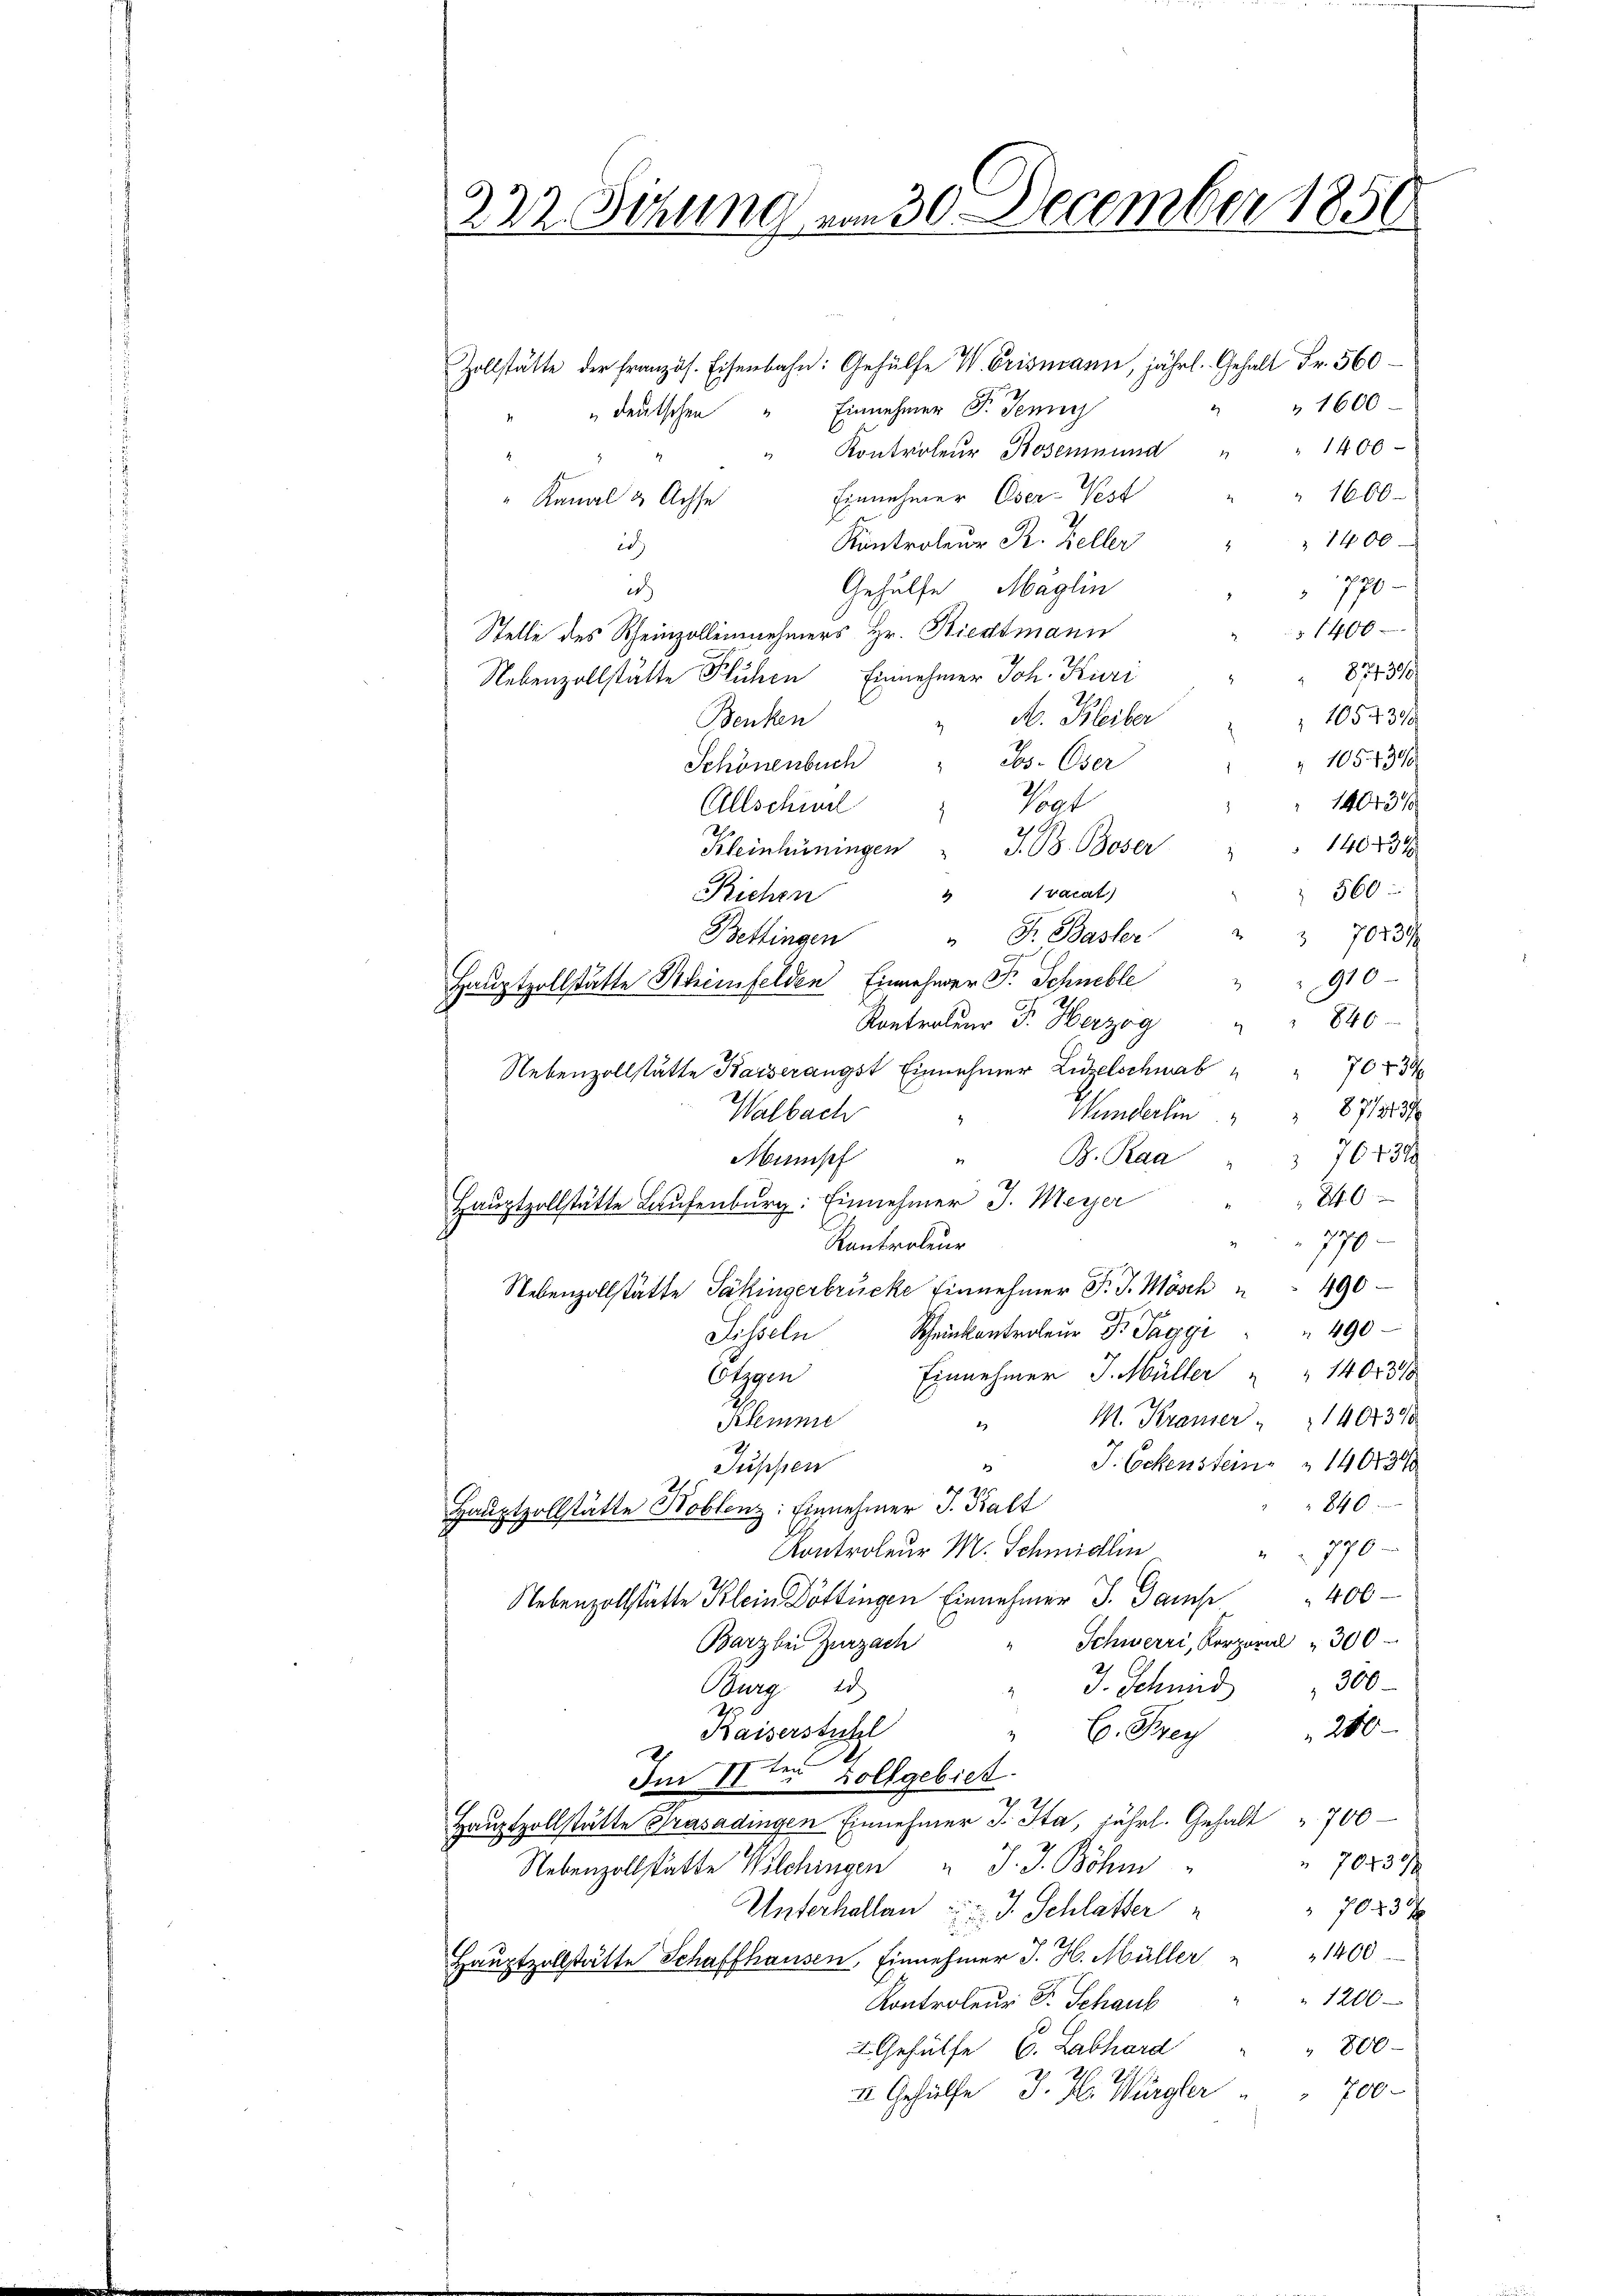
222. Jehung vom 30. December 1850

Zollstätte der Französ. Eisenbahn: Gehülfe W. Brismann, jährl. Gehalt Fr. 560
1600
" deutschen " Einnehmer F. Jenny
1400
Kontroleur Bosenmund
1600
Einnehmer Oser-Vest
" Kanal & Achse
1400
Kontroleur R. Keller
ich
770
Gehülfe Möglin
ech
1400
Stelle des Rheinzollennehmers Hr. Riedtmann
874310.
Nebenzollstätte Flühen Einnehmer Joh. Kuri
1054378
Benken
" M. Bleiber
 105. 4300
" Jos. Oser
Schönenbuch
 14043/
Vogt
Allschwel
2
Kleinhüningen " J. 18. Boser " " 140434
" 560
4 Ivacat)
Richen
" F. Basler.
2 70239
Bettingen
910
Hauptzollstätte Scheinfelden Einnehmer F. Schneble
840
Kontrateur F. Herzog
2
7043
Nebenzollstätte Kaiserangst Einnehmer Zuzelschwab
87/2137
Wunderten
Walbach
76431
B. Raa
Mumsch
1

Hauptzollstätte Laufenburg: Einnehmer J. Meyer
1
70
Kantroleur
Nebenzollstätte Päkingerbrücke Einnehmer F. J. Mösch " " 490
Scheinkontroleur Dr. Saggi " " 490
Sesseln
Einnehmer J. Müller " " 1401318
Obgen
M. Kramer " " 140438
Klemm
2)
J. Eckenstein " 140130
Jussen
840.
Hauptzollstätte Hoblenz: Einnehmer J. Kalt
199
Kontroleur M. Schmidlin
Nebenzollstätte Klein Döttingen Einnehmer J. Gamp" 400
Schwerri, Korporal " 300
Barz bei Zurzach
300
J. Schand
Burg 13
Kaiserstuhl
" C. Frey 200
Im 17ten Zollgebiet.
Hauptzollstätte Trasadingen Einnehmer J. Sta, fährl. Gehalt 700
70437
Nebenzollstätte Wilchingen " J. J. Böhm
 70 f 30 x
Unterhallen   J. Schlatter
Haŭptzollstätte Schaffhausen, Einnehmer J. H. Müller " " 1400
1200
Kontroleur Dr. Schaus
 800
 Gehülfe C. Labhard
700.
II. Gehülfe J. H. Würgler